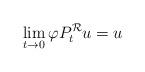
LaTeX: \begin{align*}\lim_{t\to 0}\varphi P_t^\mathcal{R}u=u\end{align*}